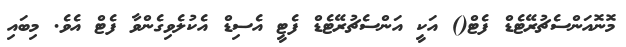
މޮނޮއަންސެޗުރޭޓެޑް ފެޓް() އަކީ އަންސެޗުރޭޓެޑް ފެޓީ އެސިޑް އެކުލެވިގެންވާ ފެޓް އެވެ. މިބައި